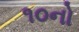
૧૦નો